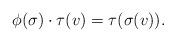
LaTeX: \begin{align*}\phi ( \sigma ) \cdot \tau ( v ) = \tau ( \sigma ( v ) ).\end{align*}